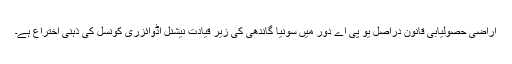
اراضی حصولیابی قانون دراصل یو پی اے دور میں سونیا گاندھی کی زیر قیادت نیشنل اڈوائزری کونسل کی ذہنی اختراع ہے۔